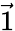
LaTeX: \vec{1}